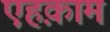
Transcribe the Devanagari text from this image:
एहक़ाम